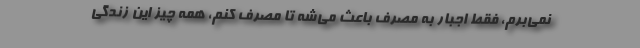
نمی‌برم، فقط اجبار به مصرف باعث می‌شه تا مصرف کنم، همه چیز این زندگی